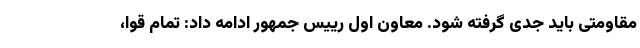
مقاومتی باید جدی گرفته شود. معاون اول رییس جمهور ادامه داد: تمام قوا،